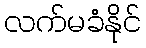
လက်မခံနိုင်